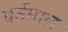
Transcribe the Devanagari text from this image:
वर्तमाल